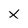
Character: X